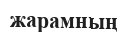
жарамның